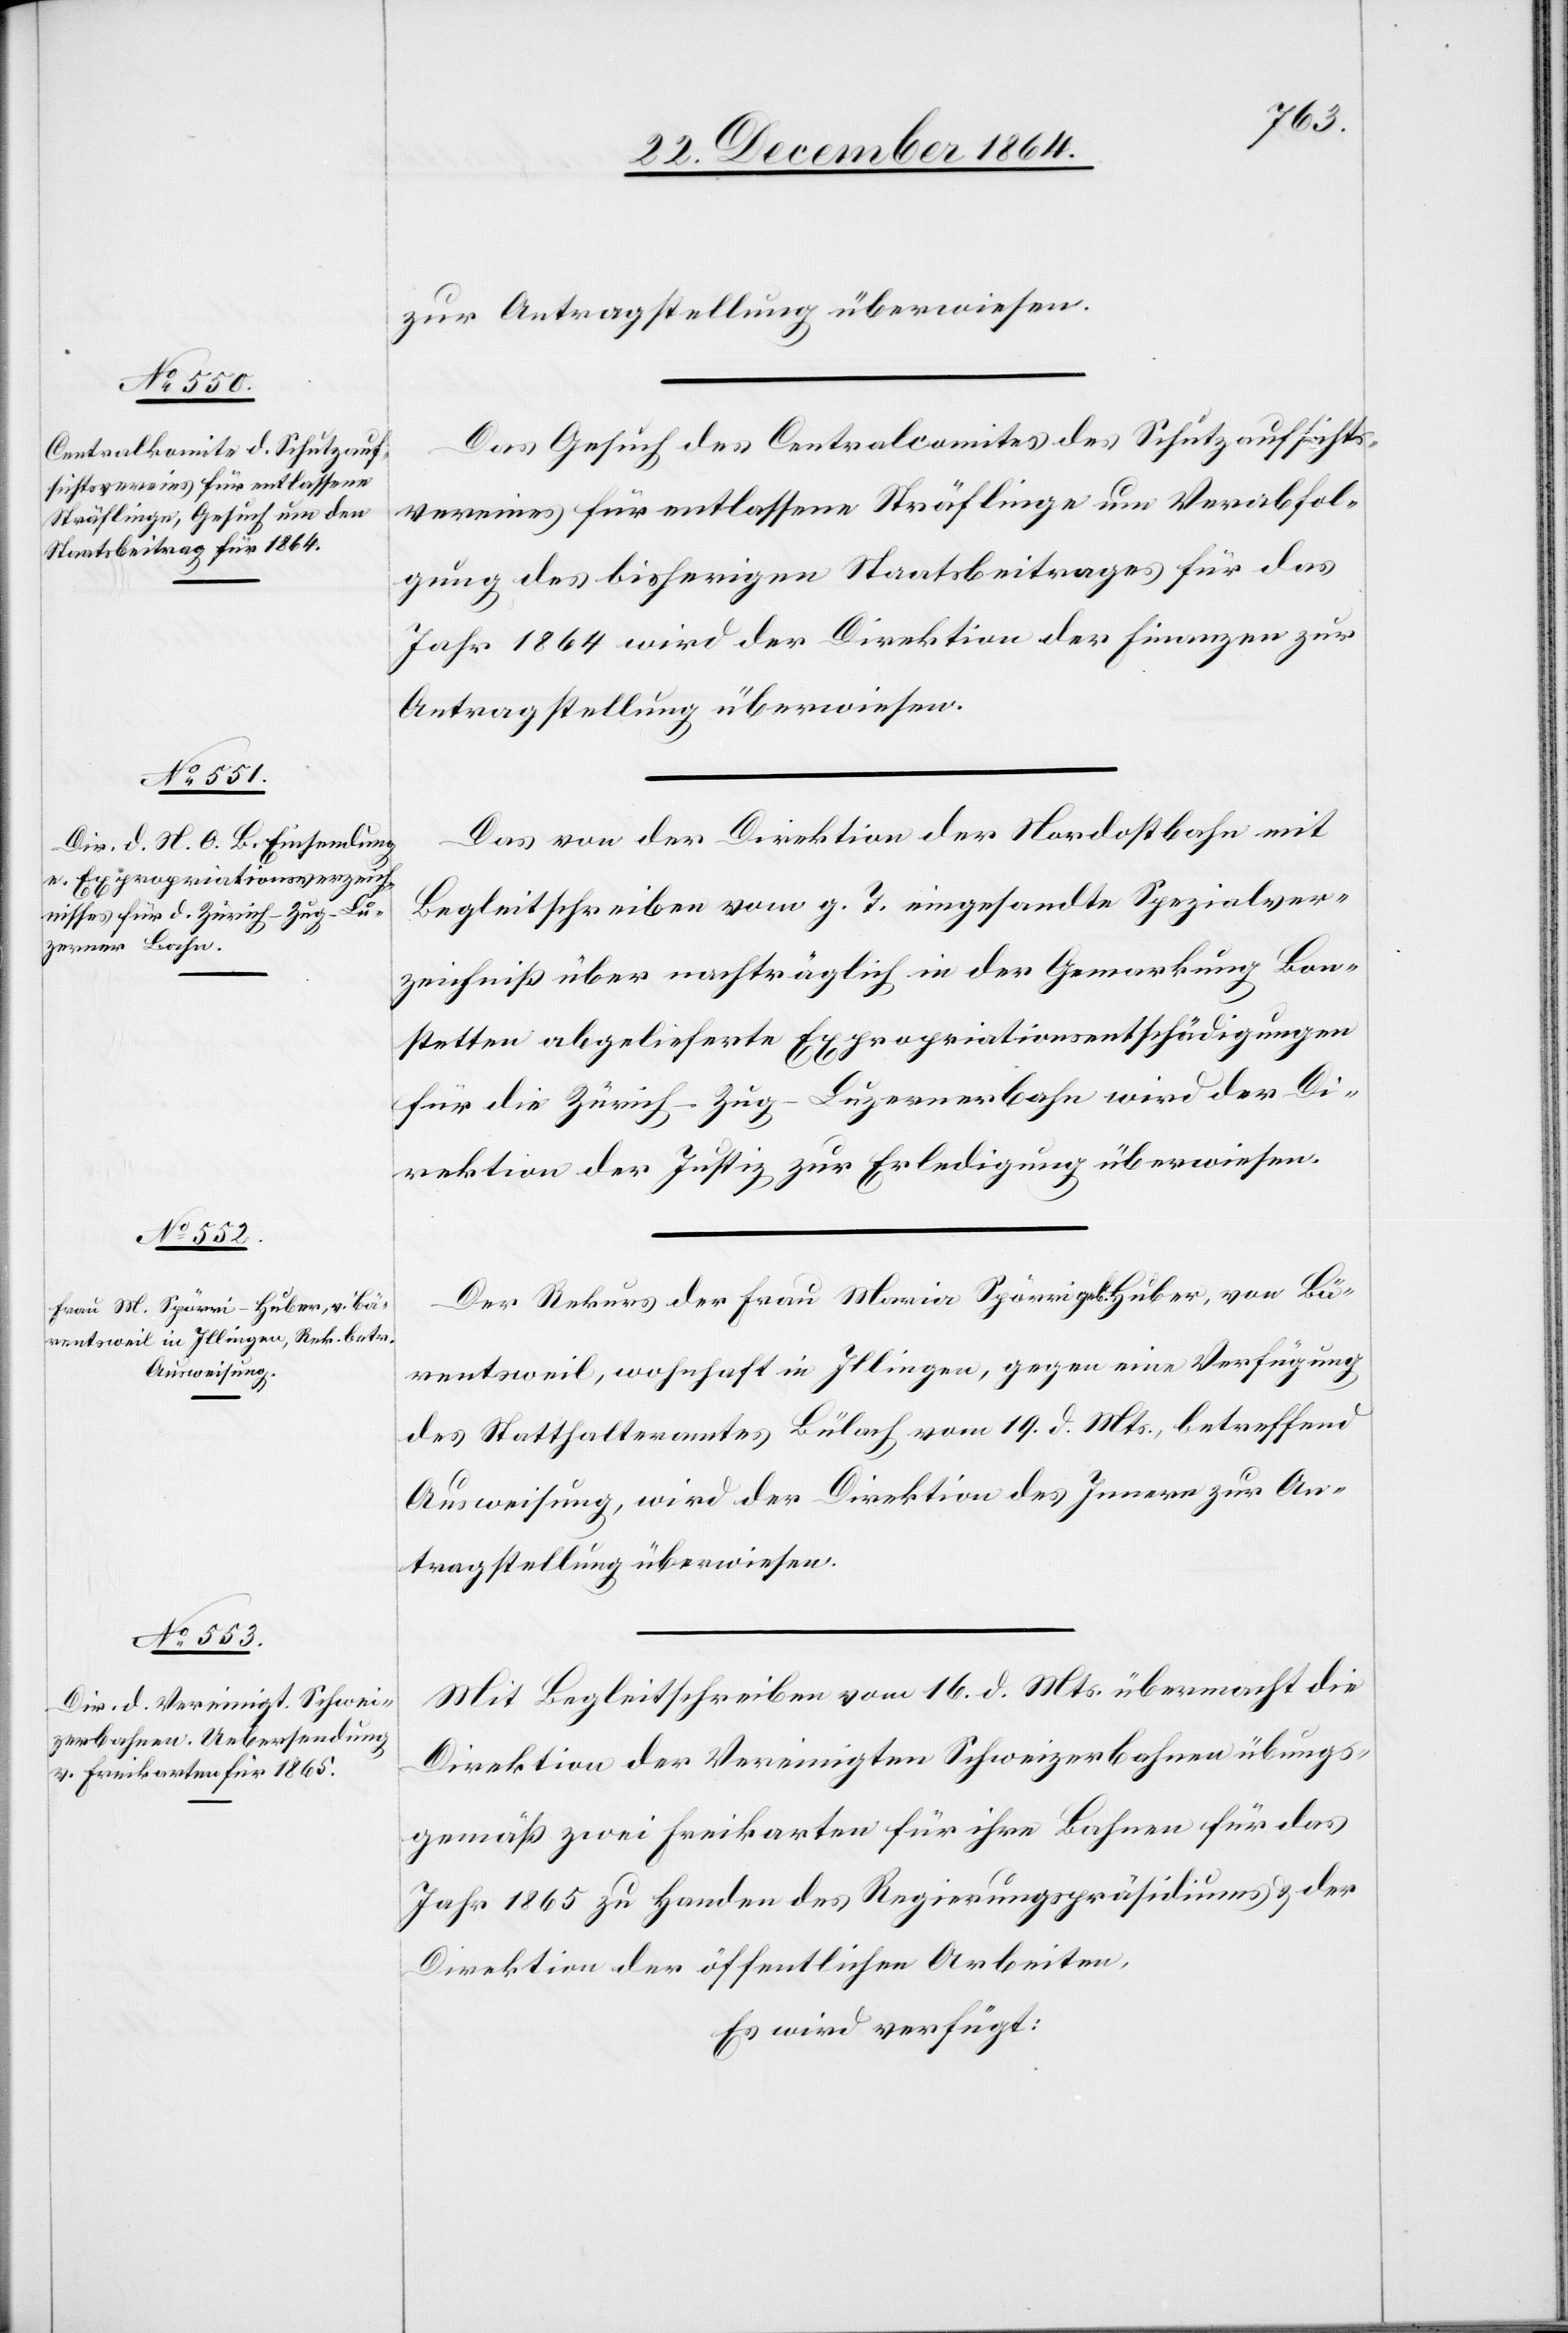
23. December 1864.]
zur Antragstellung überwiesen.
Das Gesuch des Centralkomites des Schutzaufsichts¬
vereines für entlassene Sträflinge um Verabfol¬
gung des bisherigen Staatsbeitrages für das
Jahr 1864 wird der Direktion der Finanzen zur
Antragstellung überwiesen.
Das von der Direktion der Nordostbahn mit
Begleitschreiben vom g. T. eingesandte Spezialver¬
zeichniß über nachträglich in der Gemarkung Bon¬
stetten abgelieferte Expropriationsentschädigungen
für die Zürich–Zug–Luzernerbahn wird der Di¬
rektion der Justiz, zur Erledigung überwiesen.
Der Rekurs der Frau Maria Spörri geb. Huber, von Bä¬
rentsweil, wohnhaft in Illingen, gegen eine Verfügung
des Statthalteramtes Bülach vom 19. d. Mts., betreffend
Ausweisung, wird der Direktion des Innern zur An¬
tragstellung überwiesen.
Mit Begleitschreiben vom 16. d. Mts. übermacht die
Direktion der Vereinigten Schweizerbahnen übungs¬
gemäß zwei Freikarten führ ihre Bahnen für das
Jahr 1865 zu Handen des Regierungspräsidiums & der
Direktion der öffentlichen Arbeiten.
Es wird verfügt: